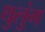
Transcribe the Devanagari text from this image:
थुलुंग